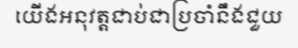
យើងអនុវត្តជាប់ជាប្រចាំនឹងជួយ